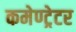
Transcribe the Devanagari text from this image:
कमेण्ट्रेटर